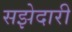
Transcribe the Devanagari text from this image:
सझेदारी